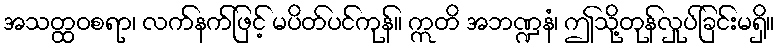
အသတ္ထဝစရာ၊ လက်နက်ဖြင့် မပိတ်ပင်ကုန်။ ဣတိ အဘဏ္ဍနံ၊ ဤသို့တုန်လှုပ်ခြင်းမရှိ။